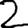
Digit: 2